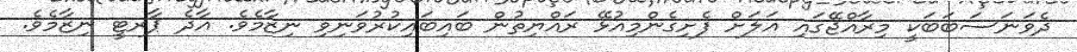
ދެވަނަސަބަބަކީ މިރާއްޖޭގައި އަަލަށް ފެށިގެންމިއުޅޭ ރައްޔިތުން ބައިބައިކުރުވަނިވި ނިޒާމެވެ. އާދެ ޕާރޓީ ނިޒާމެވެ.